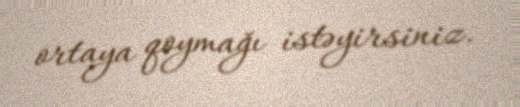
ortaya qoymağı istəyirsiniz.